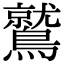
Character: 鷲